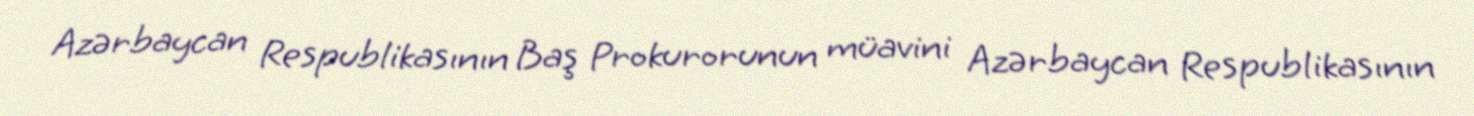
Azərbaycan Respublikasının Baş Prokurorunun müavini Azərbaycan Respublikasının